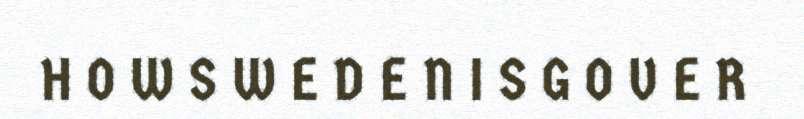
H O W S W E D E N I S G O V E R